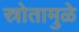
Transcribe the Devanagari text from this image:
स्रोतामुळे